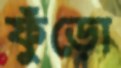
ফুঁড়ো